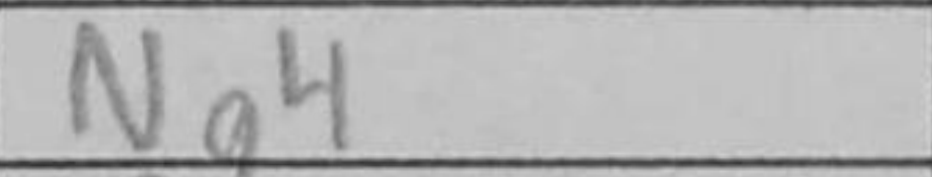
Transcription: Ng4